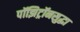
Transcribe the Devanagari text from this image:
पॉझिट्रॉनसुद्धा